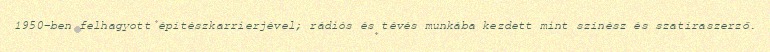
1950-ben felhagyott építészkarrierjével; rádiós és tévés munkába kezdett mint színész és szatíraszerző.